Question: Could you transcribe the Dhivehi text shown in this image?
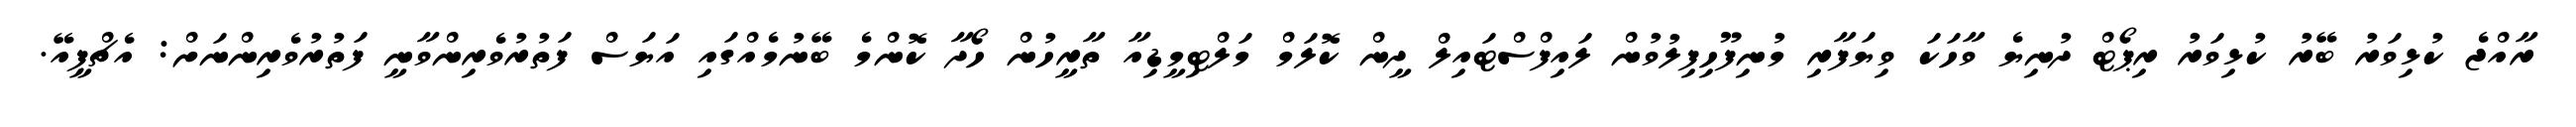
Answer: ރާއްޖެ ކުޅިވަރު ބޭރު ކުޅިވަރު ރިޕޯޓް ދުނިޔެ ވާހަކަ ވިޔަފާރި މުނިފޫހިފިލުވުން ލައިފްސްޓައިލް ދީން ކޮލަމް މަލްޓިމީޑިއާ ތާރީހުން ހޯދާ ކޮންމެ ބޭނުމެއްގައި އަޔަސް ފަތުރުވެރިންވާނީ ފަތުރުވެރިންނަށް: އެޗްޕީއޭ.